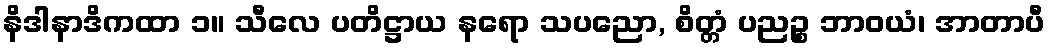
နိဒါနာဒိကထာ ၁။ သီလေ ပတိဋ္ဌာယ နရော သပညော, စိတ္တံ ပညဉ္စ ဘာဝယံ၊ အာတာပီ